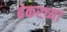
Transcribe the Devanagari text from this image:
बेकरच्या